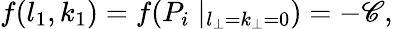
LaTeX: f(l_{1},k_{1})=f(P_{i}\mid_{l_{\perp}=k_{\perp}=0})=-\mathscr{C},